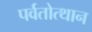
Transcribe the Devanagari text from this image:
पर्वतोत्‍थान